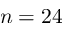
n = 2 4